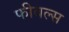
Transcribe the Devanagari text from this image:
फीबल्स